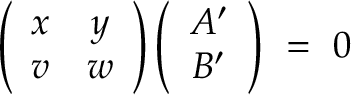
\left( \begin{array} { c c } { { x } } & { { y } } \\ { { v } } & { { w } } \end{array} \right) \left( \begin{array} { c } { { A ^ { \prime } } } \\ { { B ^ { \prime } } } \end{array} \right) ~ = ~ 0